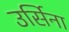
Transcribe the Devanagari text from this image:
उर्सिना